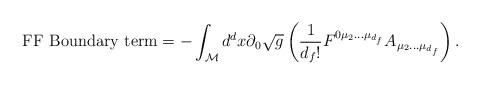
LaTeX: \begin{align*}\textnormal{FF Boundary term} = - \int_{\cal M} d^dx \partial_{0} \sqrt g \left( \frac{1}{d_f!} F^{0 \mu_2 ... \mu_{d_f}} A_{\mu_2 ... \mu_{d_f}} \right).\end{align*}